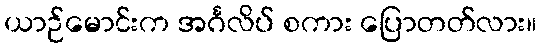
ယာဉ်မောင်းက အင်္ဂလိပ် စကား ပြောတတ်လား။